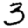
Digit: 3